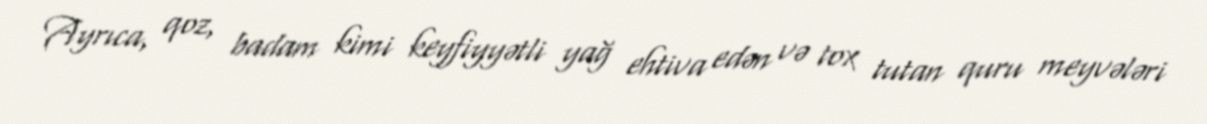
Ayrıca, qoz, badam kimi keyfiyyətli yağ ehtiva edən və tox tutan quru meyvələri